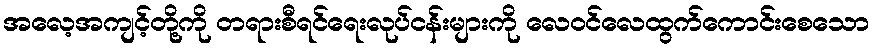
အလေ့အကျင့်တို့ကို တရားစီရင်ရေးလုပ်ငန်းများကို လေဝင်လေထွက်ကောင်းစေသော